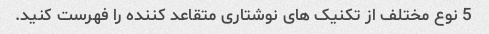
5 نوع مختلف از تکنیک های نوشتاری متقاعد کننده را فهرست کنید.